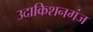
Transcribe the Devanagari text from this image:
उदाकिशनगंज